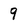
Character: 9